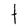
Character: t